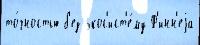
то́чностью б'ез экос'ист'е́му Ф'инн'еjа